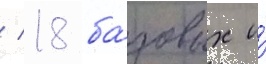
/ 18 ба́зовых и́